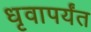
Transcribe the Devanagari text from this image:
धृवापर्यंत